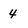
Character: 4